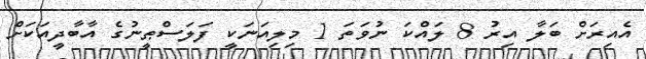
އެއިރަށް ބަލާ އިރު 8 ލައްކަ ނުވަތަ 1 މިލިއަނަކީ ފަލަސްޠީނުގެ އާބާދީއަކަށް